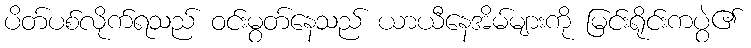
ပိတ်ပစ်လိုက်ရသည် ဝင်းမွတ်နေသည် ယာယီနေအိမ်များကို မြင်းရိုင်းကပွဲ၏